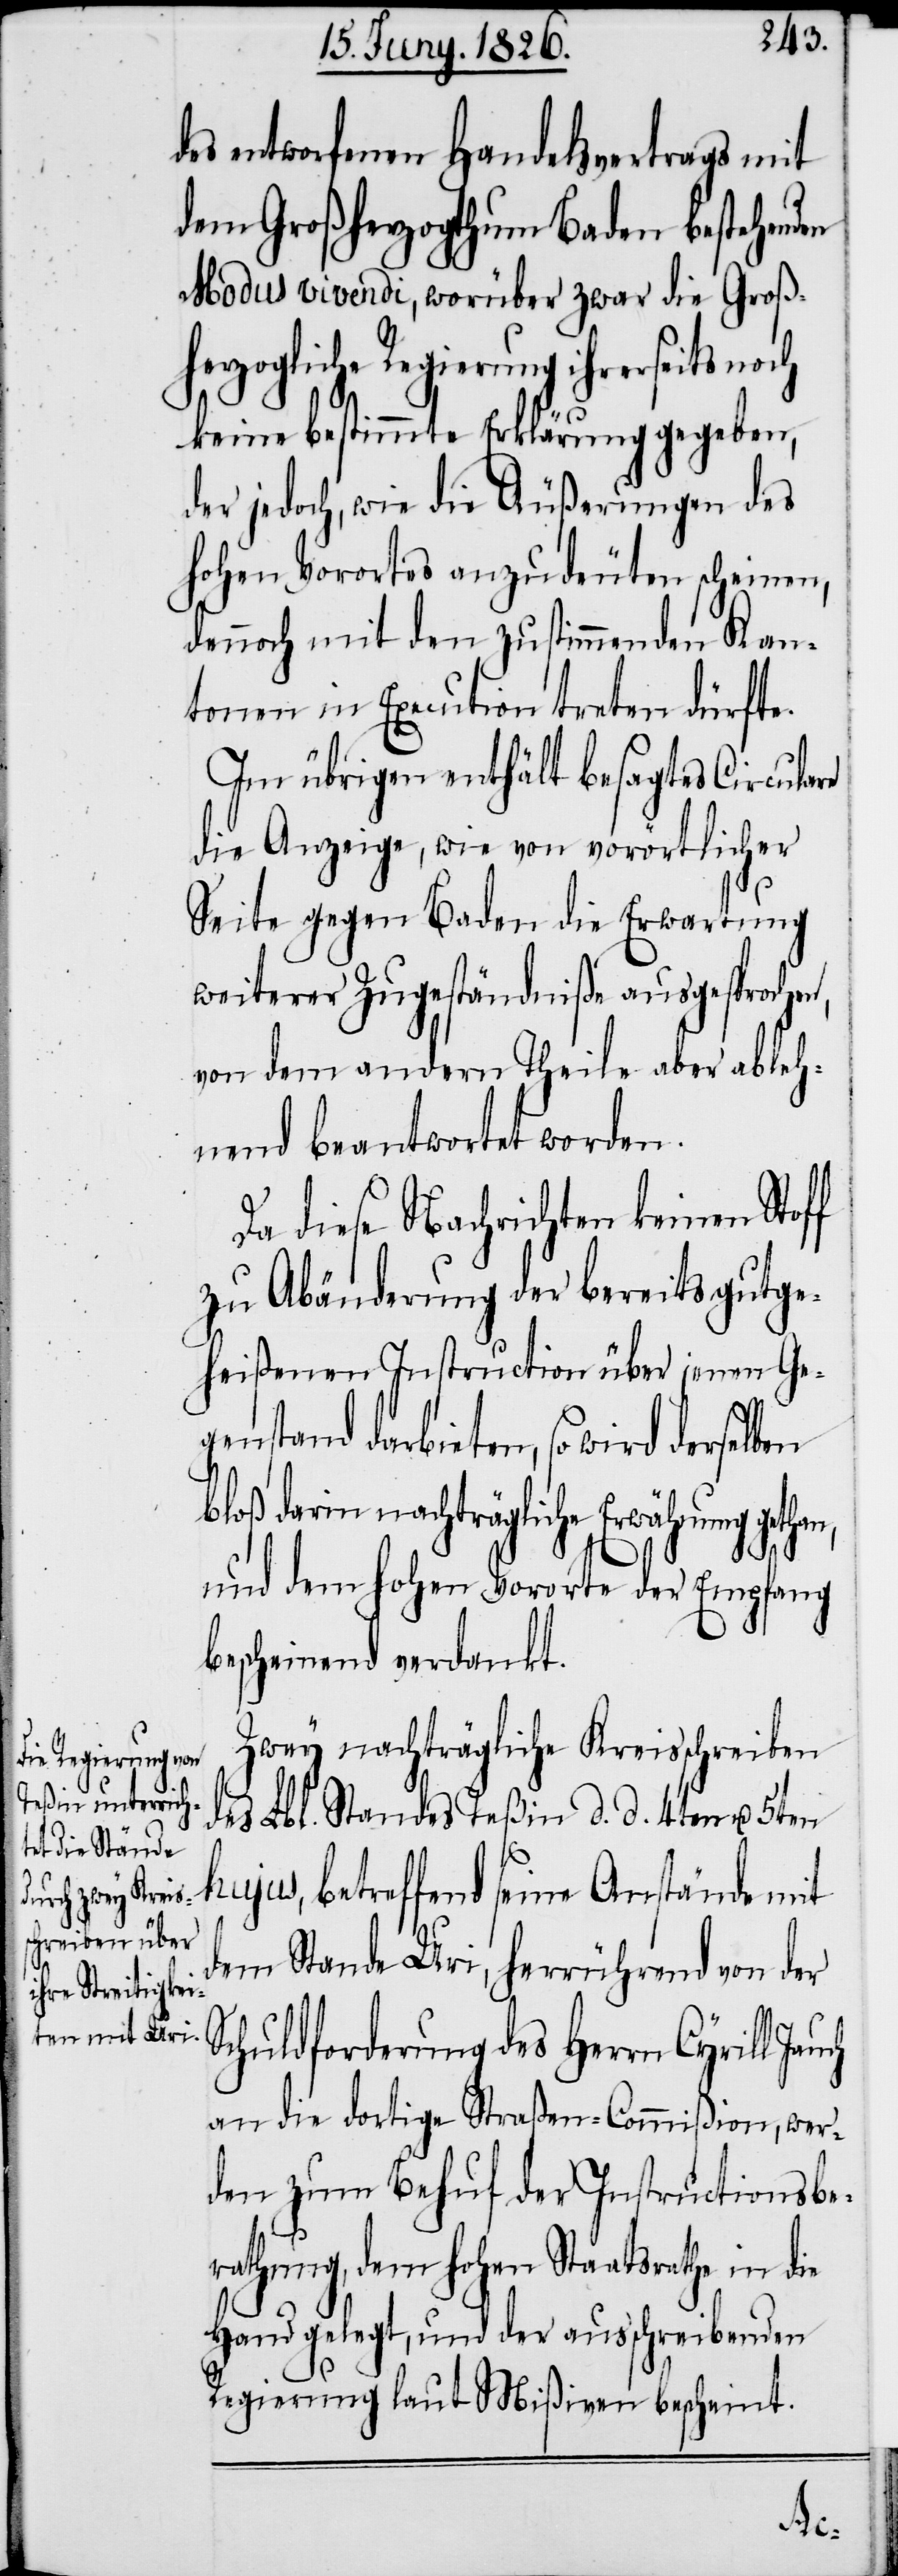
des entworfenen Handelsvertrags mit
dem Großherzogthum Baden bestehenden
Modus vivendi, worüber zwar die Groß¬
herzogliche Regierung ihrerseits noch
keine bestimmte Erklärung gegeben,
der jedoch, wie die Äußerungen des
hohen Vorortes anzudeuten scheinen,
dennoch mit den zustimmenden Kan¬
tonen in Execution treten dürfte.
Im übrigen enthält besagtes Circulare
die Anzeige, wie von vorörtlicher
Seite gegen Baden die Erwartung
weiterer Zugeständniße ausgesprochen,
von dem andern Theile aber ableh¬
nend beantwortet worden.
Da diese Nachrichten keinen Stoff
zu Abänderung der bereits gutge¬
heißenen Instruction über jenen Ge¬
genstand darbieten, so wird derselben
loß darin nachträgliche Erwähnung get¬
und dem hohen Vororte der Empfang
bescheinend verdankt.
Zwey nachträgliche Kreisschreiben
des Lbl. Standes Teßin d. d. 4ten u. 5ten
hujus, betreffend seine Anstände mit
dem Stande Uri, herrührend von der
Schuldforderung des Herrn Cyrill
an die dortige Straßen-Commißion, wer¬
den zum Behuf der Instructionsbe¬
rathung, dem hohen Staatsrathe in die
Hand gelegt, und der ausschreibenden
Regierung laut Mißiven bescheint.
han,